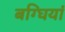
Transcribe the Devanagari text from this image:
बग्घियां